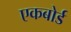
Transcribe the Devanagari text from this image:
एकबोर्ड